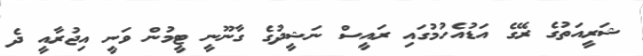
ޝަރީއަތުގެ ރޭގެ އަޑުއެހުމުގައި ރައީސް ނަޝީދުގެ ގާނޫނީ ޓީމުން ވަނީ އިޖުރާއީ ދެ